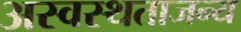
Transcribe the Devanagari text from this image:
अस्वस्थताजन्य